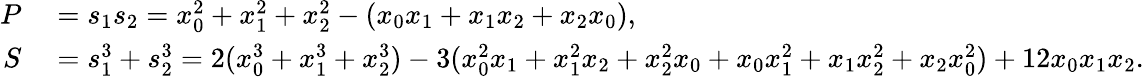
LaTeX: \begin{array}{rl}{P}&{{}=s_{1}s_{2}=x_{0}^{2}+x_{1}^{2}+x_{2}^{2}-(x_{0}x_{1}+x_{1}x_{2}+x_{2}x_{0}),}\\ {S}&{{}=s_{1}^{3}+s_{2}^{3}=2(x_{0}^{3}+x_{1}^{3}+x_{2}^{3})-3(x_{0}^{2}x_{1}+x_{1}^{2}x_{2}+x_{2}^{2}x_{0}+x_{0}x_{1}^{2}+x_{1}x_{2}^{2}+x_{2}x_{0}^{2})+12x_{0}x_{1}x_{2}.}\end{array}